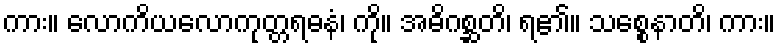
ကား။ လောကိယလောကုတ္တရဓနံ၊ ကို။ အဓိဂစ္ဆတိ၊ ရ၏။ သစ္စေနာတိ၊ ကား။